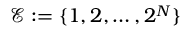
\mathcal { E } : = \{ 1 , 2 , \ldots , 2 ^ { N } \}